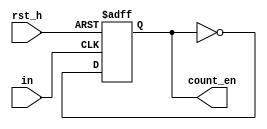
module FSM(count_en, in, rst_h);
    output count_en;
    input in;
    input rst_h;
    reg state;

    always@(posedge in or posedge rst_h)
    if(rst_h)
        state <= 1'b0;
    else
        state <= ~state;
        
    assign count_en = state;      
    
endmodule